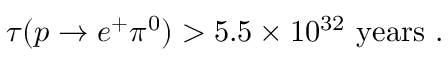
\tau ( p \to e ^ { + } \pi ^ { 0 } ) > 5 . 5 \times 1 0 ^ { 3 2 } ~ \mathrm { y e a r s } ~ .